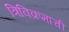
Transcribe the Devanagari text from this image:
त्रिविक्रमाची